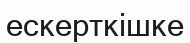
ескерткішке